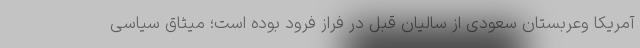
آمریکا وعربستان سعودی از سالیان قبل در فراز فرود بوده است؛ میثاق سیاسی